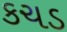
કચડ